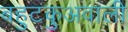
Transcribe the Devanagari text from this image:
बहुटकुअवाली